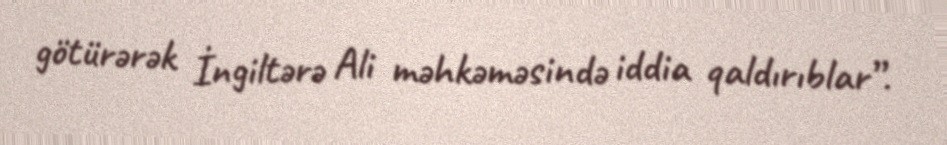
götürərək İngiltərə Ali məhkəməsində iddia qaldırıblar”.